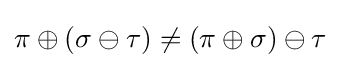
\pi \oplus (\sigma \ominus \tau )\neq (\pi \oplus \sigma )\ominus \tau